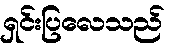
ရှင်းပြလေသည်